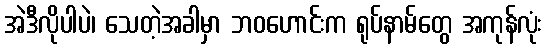
အဲဒီလိုပါပဲ၊ သေတဲ့အခါမှာ ဘဝဟောင်းက ရုပ်နာမ်တွေ အကုန်လုံး